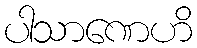
ပါသာဏေဟိ